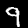
Digit: 9